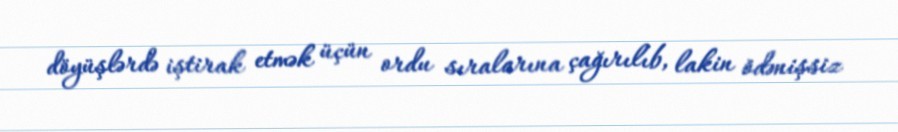
döyüşlərdə iştirak etmək üçün ordu sıralarına çağırılıb, lakin ödənişsiz